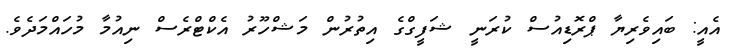
އެއީ: ބައިވެރިޔާ ޕްރޮޑިއުސް ކުރަނީ ޝަފީގްގެ އިތުރުން މަޝްހޫރު އެކްޓްރެސް ނިއުމާ މުހައްމަދެވެ.